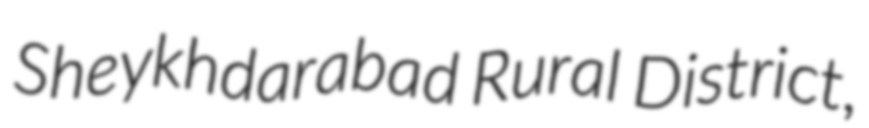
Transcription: Sheykhdarabad Rural District,